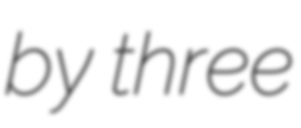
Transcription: by three